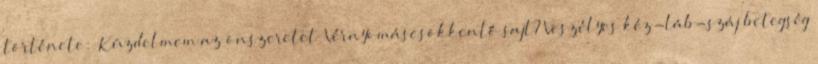
története: „Küzdelmem az önszeretet” Vérnyomáscsökkentő sajt? Veszélyes kéz-láb-száj betegség